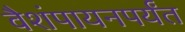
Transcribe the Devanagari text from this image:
वैशंपायनपर्यंत